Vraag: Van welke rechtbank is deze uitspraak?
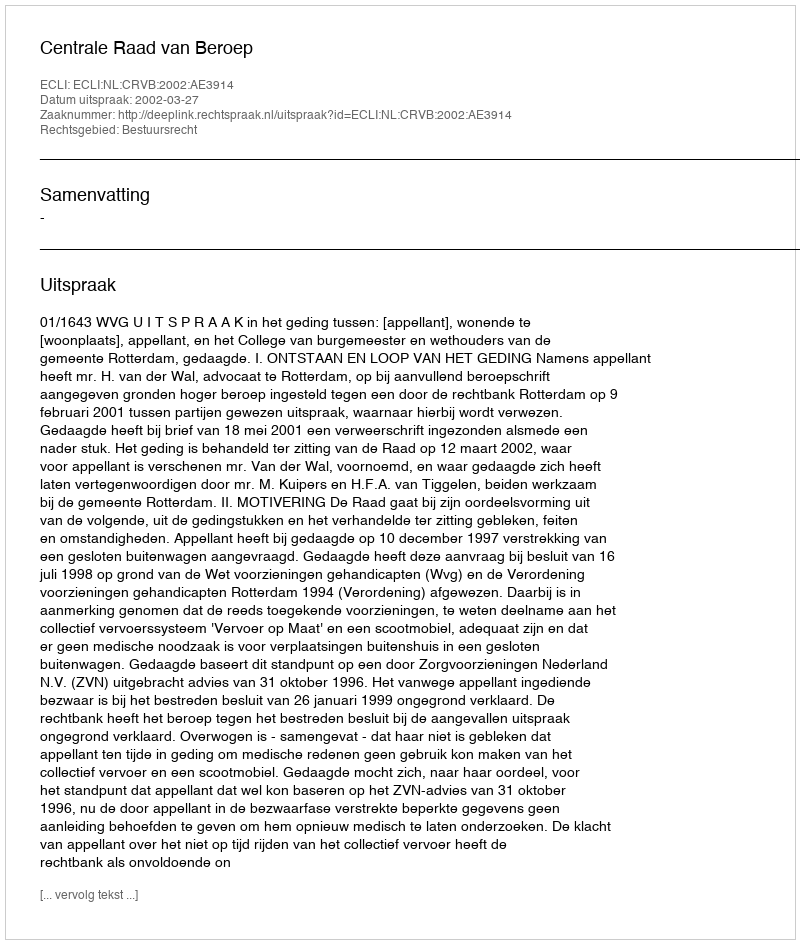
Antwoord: Centrale Raad van Beroep